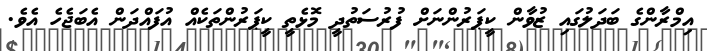
އިމްރާންގެ ބަދަލުގައި ޒުވާން ކީޕަރުންނަށް ފުރުސަތުދީ މޮޅެތީ ކީޕަރުންތަކެއް އުފައްދަން އެބަޖެހެ އެވެ.